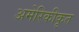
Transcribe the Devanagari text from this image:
अमेरिकीकृत